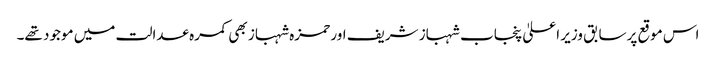
اس موقع پرسابق وزیر اعلیٰ پنجاب شہباز شریف اور حمزہ شہباز بھی کمرہ عدالت میں موجود تھے۔